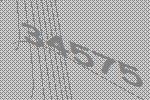
34575